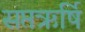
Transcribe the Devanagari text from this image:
सप्तऋर्षि